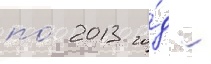
по́ 2013 го́д -